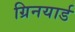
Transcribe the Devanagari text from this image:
ग्रिनयार्ड